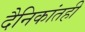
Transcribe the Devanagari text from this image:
दैनिकांतही